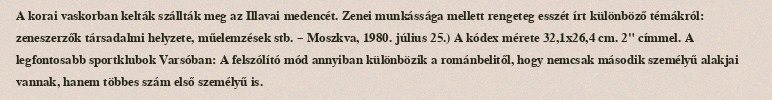
A korai vaskorban kelták szállták meg az Illavai medencét. Zenei munkássága mellett rengeteg esszét írt különböző témákról: zeneszerzők társadalmi helyzete, műelemzések stb. – Moszkva, 1980. július 25.) A kódex mérete 32,1x26,4 cm. 2" címmel. A legfontosabb sportklubok Varsóban: A felszólító mód annyiban különbözik a románbelitől, hogy nemcsak második személyű alakjai vannak, hanem többes szám első személyű is.